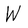
Character: W